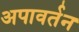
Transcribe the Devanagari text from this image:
अपावर्तन